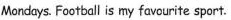
Mondays. Football is my favourite sport.